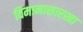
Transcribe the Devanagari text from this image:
विमानासारखा